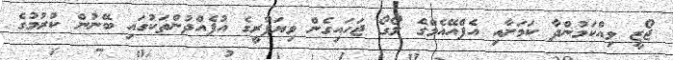
ޖޯޒީ ވިއްކަމުންދާ ކަމަށާއި އެފްއޭއެމްގެ ލޯގޯ ޖަހައިގެން ވިޔަފާރީގެ އުފެއްދުންތަކުގައި ބޭނުން ކުރުމުގެ